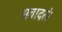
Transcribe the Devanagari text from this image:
संवादले